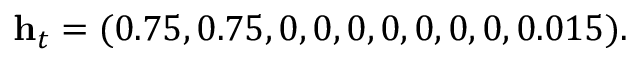
\mathbf { h } _ { t } = ( 0 . 7 5 , 0 . 7 5 , 0 , 0 , 0 , 0 , 0 , 0 , 0 , 0 . 0 1 5 ) .